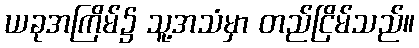
ယခုအကြိမ်၌ သူ့အသံမှာ တည်ငြိမ်သည်။